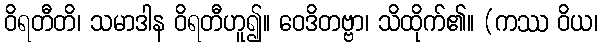
ဝိရတီတိ၊ သမာဒါန ဝိရတီဟူ၍။ ဝေဒိတဗ္ဗာ၊ သိထိုက်၏။ (ကဿ ဝိယ၊